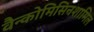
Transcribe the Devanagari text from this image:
वैन्कोमिसिनशामिल